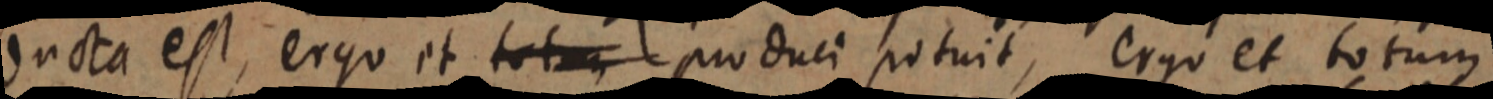
ducta est, ergo et totum pro duci potuit, ergo et totum